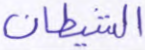
الشيطان